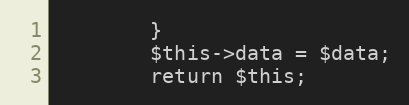
Language: PHP
        }
		$this->data = $data;
		return $this;